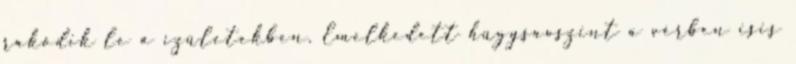
rakódik le a ízületekben. Emelkedett húgysavszint a vérben isis